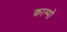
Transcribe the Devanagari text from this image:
काम्पो